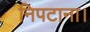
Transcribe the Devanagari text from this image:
निपटाना।